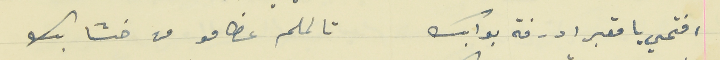
افتحي با مقبرا درفة بوابك                                    تا لملم عظامو من خشابك